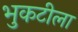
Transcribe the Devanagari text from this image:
भुकटीला